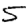
Digit: 5